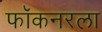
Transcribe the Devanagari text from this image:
फॉकनरला